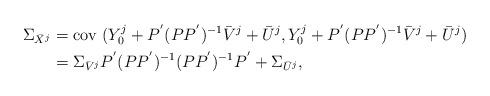
LaTeX: \begin{align*} \Sigma_{\bar{X}^j}&= \mbox{cov } (Y_0^j + P ^{'} (P P ^{'}) ^{-1} \bar{V}^j + \bar{U}^j , Y_0^j + P ^{'} (P P ^{'}) ^{-1} \bar{V}^j + \bar{U}^j) \\& = \Sigma_{\bar{V}^j} P ^{'} (P P ^{'}) ^{-1} (P P ^{'}) ^{-1} P ^{'} +\Sigma_{\bar{U}^j},\end{align*}